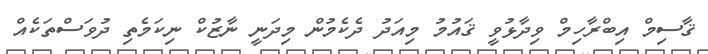
ޤާސިމް އިބްރާހިމް ވިދާޅުވީ ޤައުމު މިއަދު ދެކެމުން މިދަނީ ނާޒުކް ނިކަމެތި ދުވަސްތަކެއް